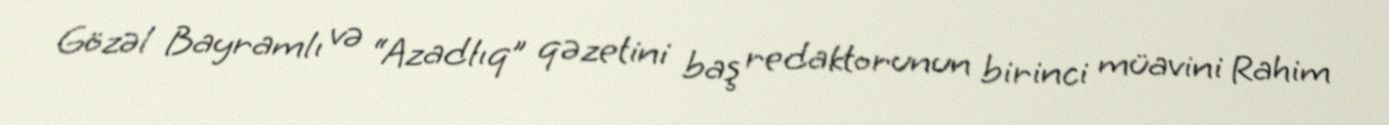
Gözəl Bayramlı və “Azadlıq” qəzetini baş redaktorunun birinci müavini Rahim